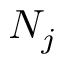
N _ { j }